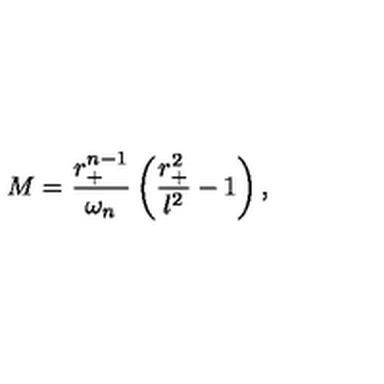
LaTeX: M = \frac { r _ { + } ^ { n - 1 } } { \omega _ { n } } \left( \frac { r _ { + } ^ { 2 } } { l ^ { 2 } } - 1 \right) ,